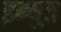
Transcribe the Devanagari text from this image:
इन्युत